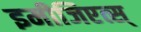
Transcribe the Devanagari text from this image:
इमीजिएत्स्